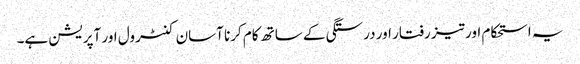
یہ استحکام اور تیز رفتار اور درستگی کے ساتھ کام کرنا آسان کنٹرول اور آپریشن ہے۔